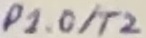
Text: P1.0/T2